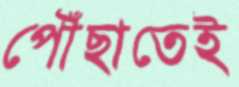
পৌঁছাতেই